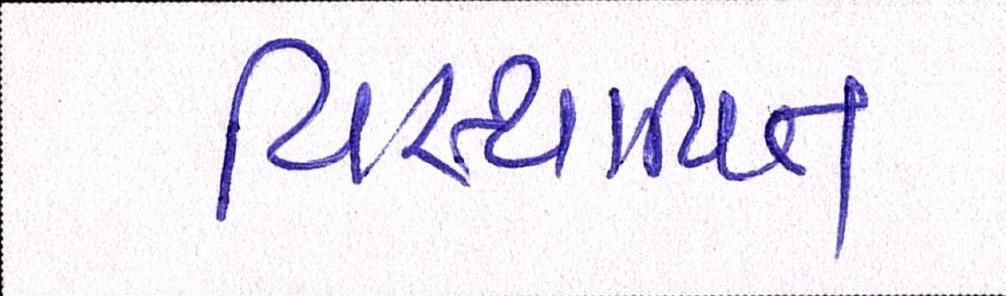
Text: વિસ્થાપિત